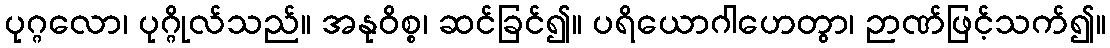
ပုဂ္ဂလော၊ ပုဂ္ဂိုလ်သည်။ အနုဝိစ္စ၊ ဆင်ခြင်၍။ ပရိယောဂါဟေတွာ၊ ဉာဏ်ဖြင့်သက်၍။